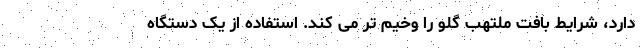
دارد، شرایط بافت ملتهب گلو را وخیم تر می کند. استفاده از یک دستگاه